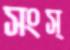
সংস্